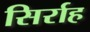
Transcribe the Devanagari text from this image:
सिर्राह